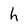
Character: h